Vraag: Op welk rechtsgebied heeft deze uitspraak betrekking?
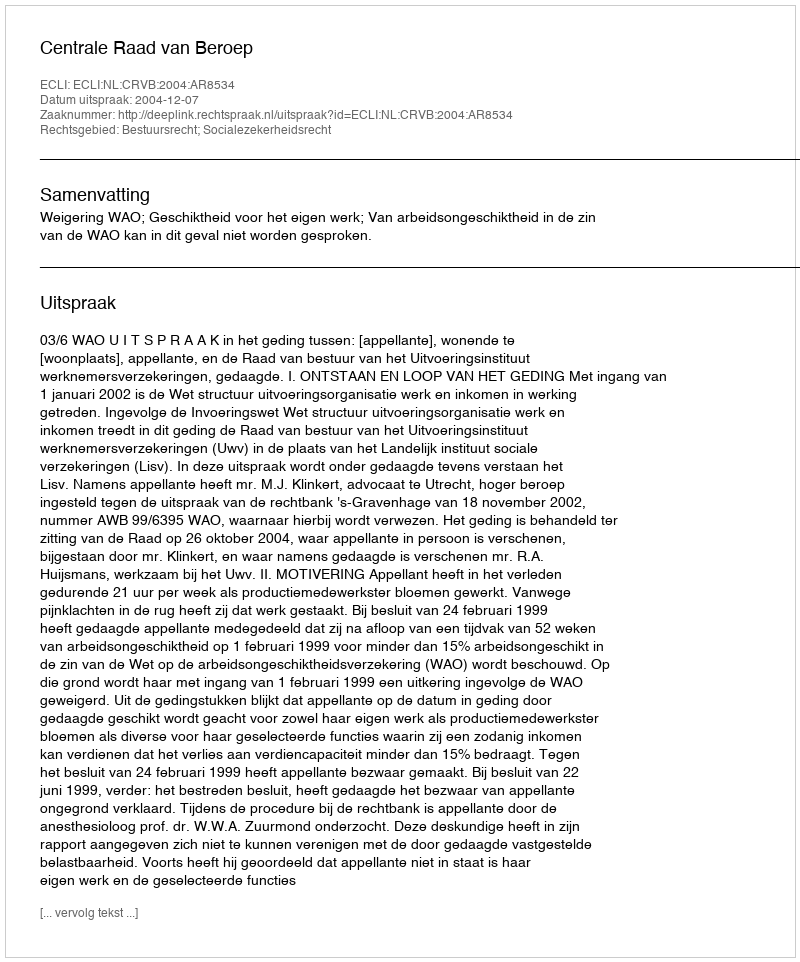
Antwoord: Bestuursrecht; Socialezekerheidsrecht